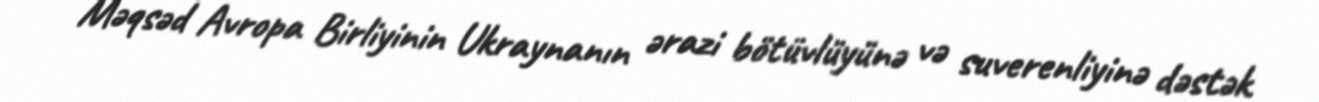
Məqsəd Avropa Birliyinin Ukraynanın ərazi bötüvlüyünə və suverenliyinə dəstək